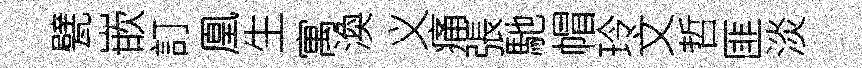
甓嵌訂凰生寓渙义痛張馳帽玲文哲匪淡